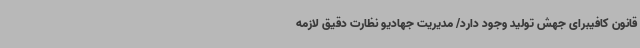
قانون کافیبرای جهش تولید وجود دارد/ مدیریت جهادیو نظارت دقیق لازمه